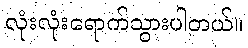
လုံးလုံးရောက်သွားပါတယ်။